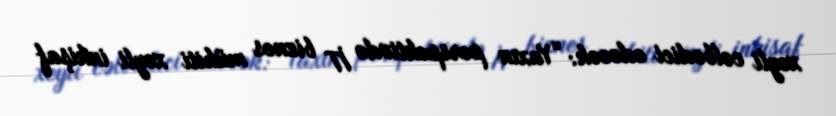
xeyli cəlbedici edəcək: “Yaxın perspektivdə İT biznes mühiti xeyli inkişaf